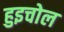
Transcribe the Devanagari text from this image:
हुइचोल